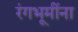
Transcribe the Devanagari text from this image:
रंगभूमींना